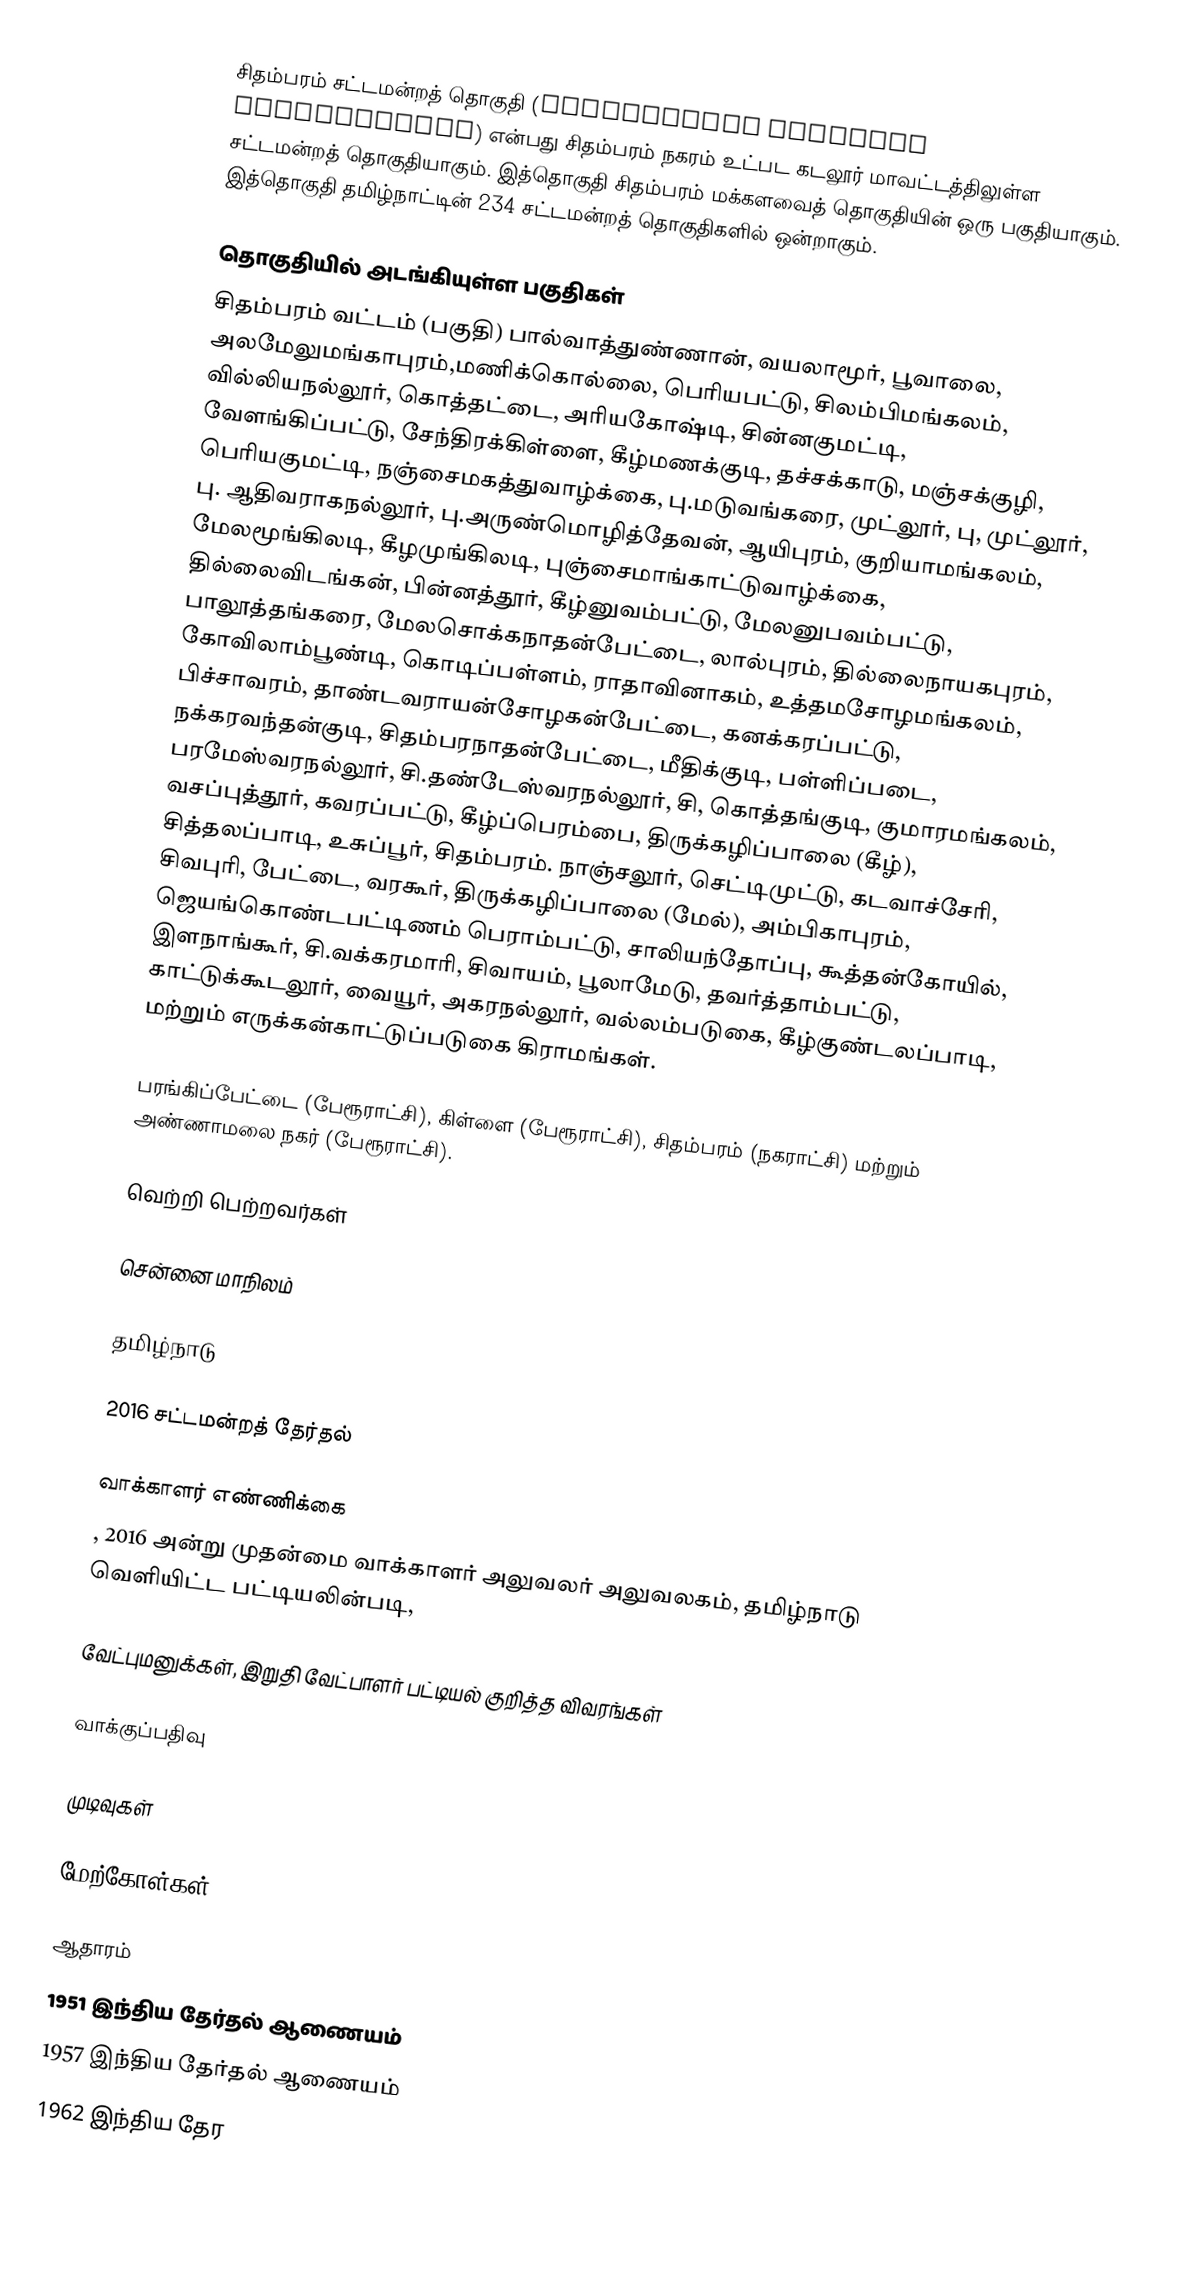
சிதம்பரம் சட்டமன்றத் தொகுதி (Chidambaram Assembly constituency) என்பது சிதம்பரம் நகரம் உட்பட கடலூர் மாவட்டத்திலுள்ள சட்டமன்றத் தொகுதியாகும். இத்தொகுதி சிதம்பரம் மக்களவைத் தொகுதியின் ஒரு பகுதியாகும். இத்தொகுதி  தமிழ்நாட்டின் 234  சட்டமன்றத்  தொகுதிகளில் ஒன்றாகும்.

தொகுதியில் அடங்கியுள்ள பகுதிகள்
சிதம்பரம் வட்டம் (பகுதி) பால்வாத்துண்ணான், வயலாமூர், பூவாலை, அலமேலுமங்காபுரம்,மணிக்கொல்லை, பெரியபட்டு, சிலம்பிமங்கலம், வில்லியநல்லூர், கொத்தட்டை, அரியகோஷ்டி, சின்னகுமட்டி, வேளங்கிப்பட்டு, சேந்திரக்கிள்ளை, கீழ்மணக்குடி, தச்சக்காடு, மஞ்சக்குழி, பெரியகுமட்டி, நஞ்சைமகத்துவாழ்க்கை, பு.மடுவங்கரை, முட்லூர், பு, முட்லூர், பு. ஆதிவராகநல்லூர், பு.அருண்மொழித்தேவன், ஆயிபுரம், குறியாமங்கலம், மேலமூங்கிலடி, கீழமுங்கிலடி, புஞ்சைமாங்காட்டுவாழ்க்கை, தில்லைவிடங்கன், பின்னத்தூர், கீழ்னுவம்பட்டு, மேலனுபவம்பட்டு, பாலூத்தங்கரை, மேலசொக்கநாதன்பேட்டை, லால்புரம், தில்லைநாயகபுரம், கோவிலாம்பூண்டி, கொடிப்பள்ளம், ராதாவினாகம், உத்தமசோழமங்கலம், பிச்சாவரம், தாண்டவராயன்சோழகன்பேட்டை, கனக்கரப்பட்டு, நக்கரவந்தன்குடி, சிதம்பரநாதன்பேட்டை, மீதிக்குடி, பள்ளிப்படை, பரமேஸ்வரநல்லூர், சி.தண்டேஸ்வரநல்லூர், சி, கொத்தங்குடி, குமாரமங்கலம், வசப்புத்தூர், கவரப்பட்டு, கீழ்ப்பெரம்பை, திருக்கழிப்பாலை (கீழ்), சித்தலப்பாடி, உசுப்பூர், சிதம்பரம். நாஞ்சலூர், செட்டிமுட்டு, கடவாச்சேரி, சிவபுரி, பேட்டை, வரகூர், திருக்கழிப்பாலை (மேல்), அம்பிகாபுரம், ஜெயங்கொண்டபட்டிணம் பெராம்பட்டு, சாலியந்தோப்பு, கூத்தன்கோயில், இளநாங்கூர், சி.வக்கரமாரி, சிவாயம், பூலாமேடு, தவர்த்தாம்பட்டு, காட்டுக்கூடலூர், வையூர், அகரநல்லூர், வல்லம்படுகை, கீழ்குண்டலப்பாடி, மற்றும் எருக்கன்காட்டுப்படுகை கிராமங்கள்.

பரங்கிப்பேட்டை (பேரூராட்சி), கிள்ளை (பேரூராட்சி), சிதம்பரம் (நகராட்சி) மற்றும் அண்ணாமலை நகர் (பேரூராட்சி).

வெற்றி பெற்றவர்கள்

சென்னை மாநிலம்

தமிழ்நாடு

2016 சட்டமன்றத் தேர்தல்

வாக்காளர் எண்ணிக்கை
, 2016 அன்று முதன்மை வாக்காளர் அலுவலர் அலுவலகம், தமிழ்நாடு வெளியிட்ட பட்டியலின்படி,

வேட்புமனுக்கள், இறுதி வேட்பாளர் பட்டியல் குறித்த விவரங்கள்

வாக்குப்பதிவு

முடிவுகள்

மேற்கோள்கள்

ஆதாரம்
1951 இந்திய தேர்தல் ஆணையம்
1957 இந்திய தேர்தல் ஆணையம்
1962 இந்திய தேர